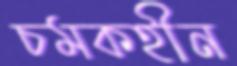
চমকহীন